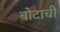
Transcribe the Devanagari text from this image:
बोटाची